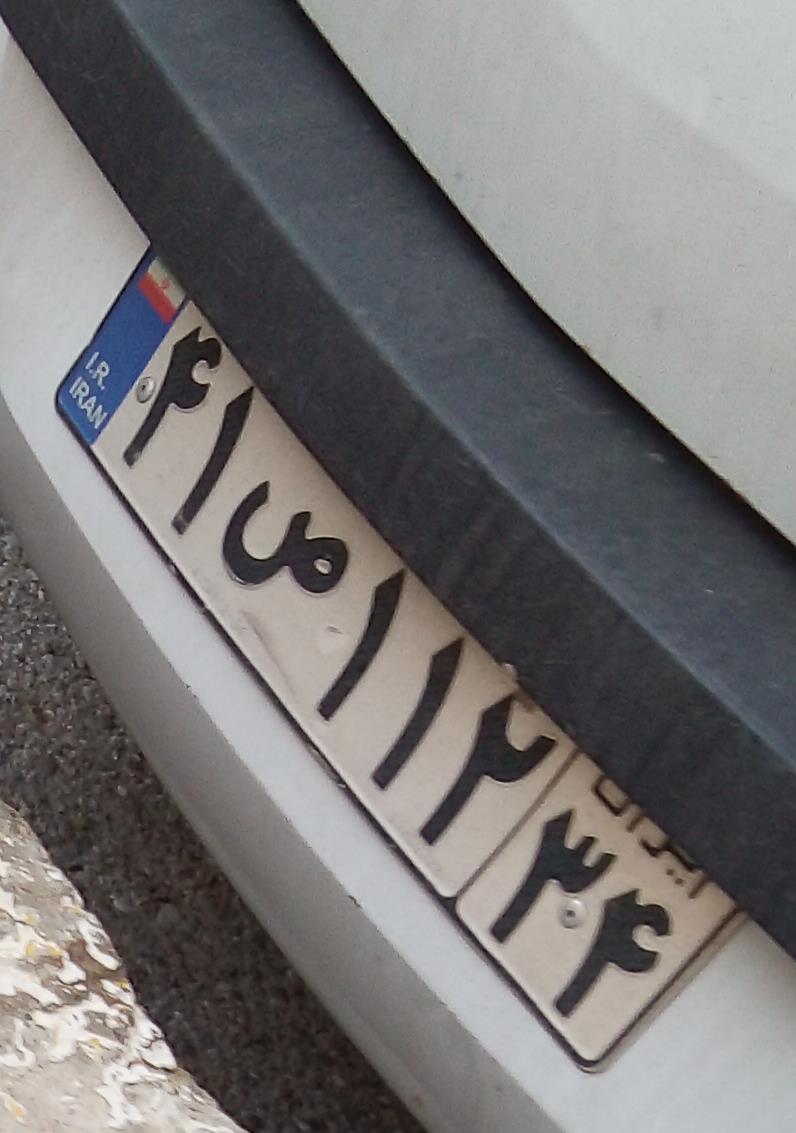
۴۱ص۱۱۲۳۴